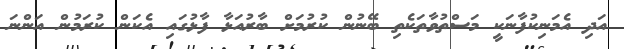
އަދި އެމަނިކުފާނަކީ މަސްތުވާތަކެތި ބޭނުން ކުރުމަށް ބާރުއަޅާ ފާޅުގައި އެކަން ކުރަމުން އަންނަ